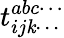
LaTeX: t_{ij\mathit{k}\cdots}^{abc\cdots}